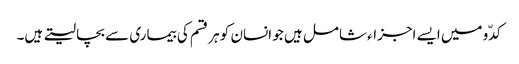
کدّو میں ایسے اجزاء شامل ہیں جو انسان کو ہر قسم کی بیماری سے بچا لیتے ہیں۔